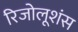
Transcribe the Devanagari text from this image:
रिजोलूशंस